Civil Veterinary Department. Madras. Admin. report 1926-33 - 1926-1933
Year: 1926
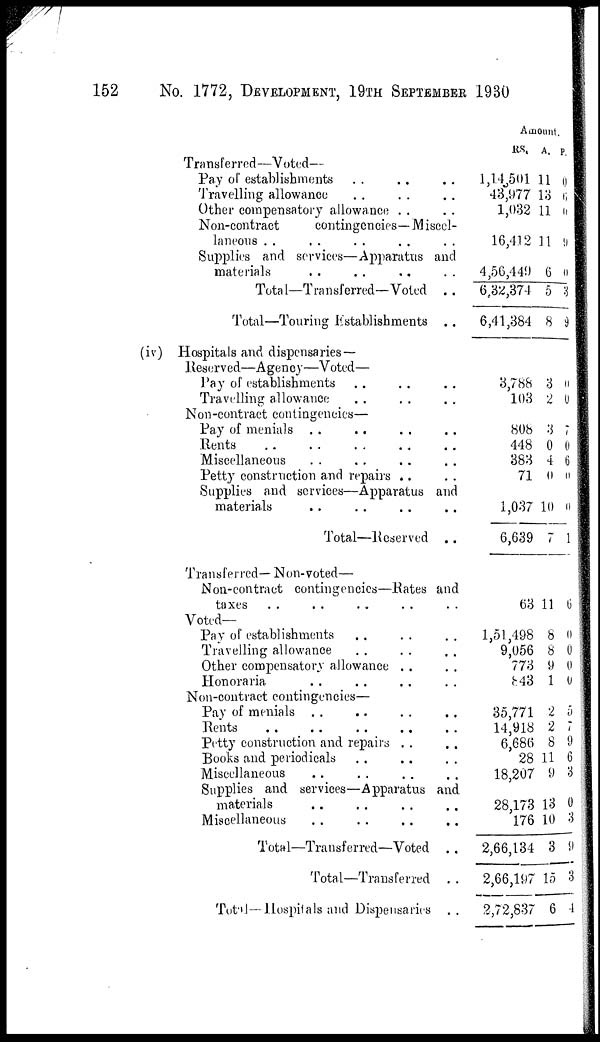
152
No. 1772, DEVELOPMENT, 19TH SEPTEMBER 1930
Transferred—Voted—
Pay of establishments .. .. .. ..
Travelling allowance .. .. ..
Other compensatory allowance .. ..
Non-contract
contingencies—Miscel-
laneons .. .. .. .. ..
Supplies and services—Apparatus and
materials .. .. .. ..
Total—Transferred—Voted
..
Total—Touring Establishments
..
Amount.
RS.
A. p.
1,14,501
43,977
1,032
16,412
4,56,440
6,32,374
6,41,384
11
13
11
11
6
5
8
0
6
0
9
0
3
9
(iv) Hospitals and dispensaries —
Reserved—Agency—Voted—
Pay of establishments .. .. .. ..
Travelling allowance .. .. .. ..
Non-contract contingencies—
Pay of menials .. .. .. ..
Rents .. .. .. ..
Miscellaneous .. .. .. ..
Petty construction and repairs .. ..
Supplies and services—Apparatus and
materials .. .. .. ..
Total—Reserved
..
3,788
103
3
2
0
0
808
448
383
71
1,037
6,639
3
0
4
0
10
7
7
0
6
0
0
1
Transferred—Non-voted—
Non-contract contingencies—Rates and
taxes .. .. .. .. ..
Voted—
Pay of establishments .. .. ..
Travelling allowance .. .. ..
Other compensatory allowance .. ..
Honoraria .. .. ..
Non-contract contingencies—
Pay of menials .. .. .. ..
Rents .. .. .. .. ..
Petty construction and repairs .. ..
Books and periodicals .. ..
Miscellaneous .. .. ..
Supplies and services—Apparatus and
materials .. .. .. ..
Miscellaneous .. .. .. ..
Total—Transferred—Voted
..
Total—Transferred ..
Total—Hospitals and Dispensaries
..
63 11 6
1,51,498
9,056
773
843
8
8
9
1
0
0
0
0
35,771
14,918
6,686
28
18,207
28,173
176
2,66,134
2,66,197
2,72,837
2
2
8
11
9
13
10
3
15
6
5
7
9
6
3
0
3
9
3
4